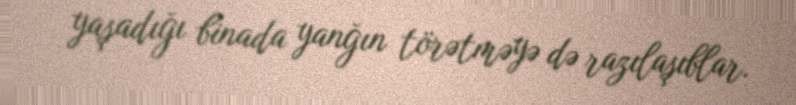
yaşadığı binada yanğın törətməyə də razılaşıblar.